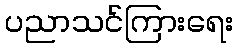
ပညာသင်ကြားရေး